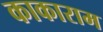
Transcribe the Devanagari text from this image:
काकाराम